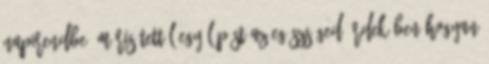
napirendbe, máris tettél egy lépést az egészséged érdekében Hogyan